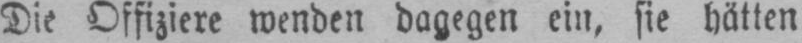
Die Offiziere wenden dagegen ein, sie hätten